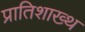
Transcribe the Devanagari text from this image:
प्रातिशाख्थ